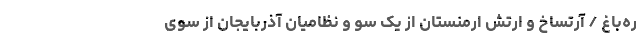
ره‌باغ / آرتساخ و ارتش ارمنستان از یک سو و نظامیان آذربایجان از سوی